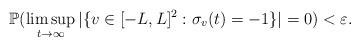
LaTeX: \begin{align*} \mathbb{P} ( \limsup_{t \to \infty} | \{ v\in [-L, L]^2 : \sigma_v (t) =-1 \} | =0 ) < \varepsilon . \end{align*}